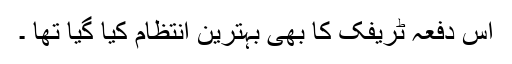
اس دفعہ ٹریفک کا بھی بہترین انتظام کیا گیا تھا ۔